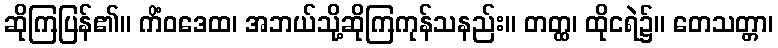
ဆိုကြပြန်၏။ ကိံဝဒေထ၊ အဘယ်သို့ဆိုကြကုန်သနည်း။ တတ္ထ၊ ထိုငရဲ၌။ တေသတ္တာ၊